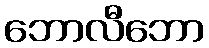
ဘောလီဘော